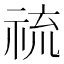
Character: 𱵓